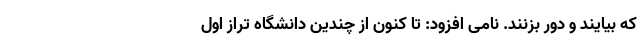
که بیایند و دور بزنند. نامی افزود: تا کنون از چندین دانشگاه تراز اول